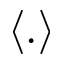
\langle . \rangle